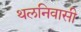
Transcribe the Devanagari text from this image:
थलनिवासी